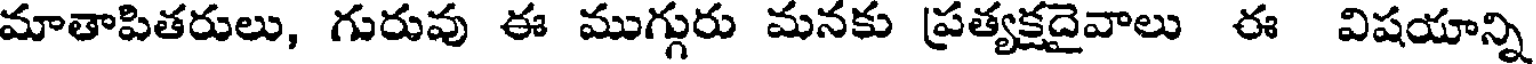
మాతాపితరులు, గురువు ఈ ముగ్గురు మనకు ప్రత్యక్షదైవాలు ఈ విషయాన్ని